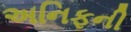
અનિફની